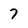
Character: 7